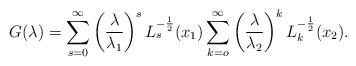
LaTeX: \begin{align*}G(\lambda )=\sum_{s=0}^{\infty}\left(\frac {\lambda}{\lambda_1}\right)^sL_s^{-\frac 12}(x_1)\sum_{k=o}^{\infty}\left(\frac {\lambda}{\lambda_2}\right)^kL_k^{-\frac 12}(x_2).\end{align*}